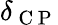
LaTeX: \delta_{\mathrm{~C~P~}}